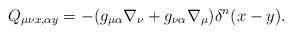
\begin{align*}Q_{\mu\nu x, \alpha y}=-(g_{\mu\alpha}\nabla_{\nu}+g_{\nu\alpha}\nabla_{\mu})\delta^{n}(x-y).\end{align*}